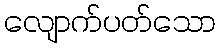
လျောက်ပတ်သော